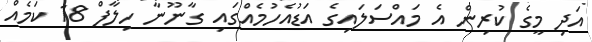
އަދި މީގެ ކުރިން އެ މައްސަލައިގެ އަޑުއެހުމެއްގައި ގާނޫނާ ހިލާފް 18 ކަމެއް